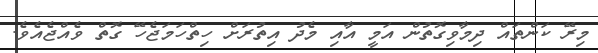
މިރޭ ކަންތައް ދިމާވިގޮތުން އަމީ އާއި މެދު އިތުރަށް ހިތްހަމަޖެހޭ ގޮތް ވެއްޖެއެވެ.